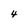
Character: 4